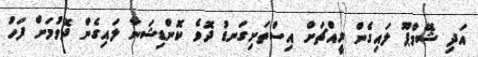
އަދި ޝޭމްޕޫ ލައިގެން ރީއްޗަށް އިސްތަށިގަނޑު ދޮވެ ކޮންޑިޝަނާ ލައިގެން ދޮވުމަށް ފަހު